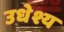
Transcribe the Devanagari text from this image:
उधेश्य